Lunatic asylums Bombay report 1891-1903 - 1891-1903
Year: 1891
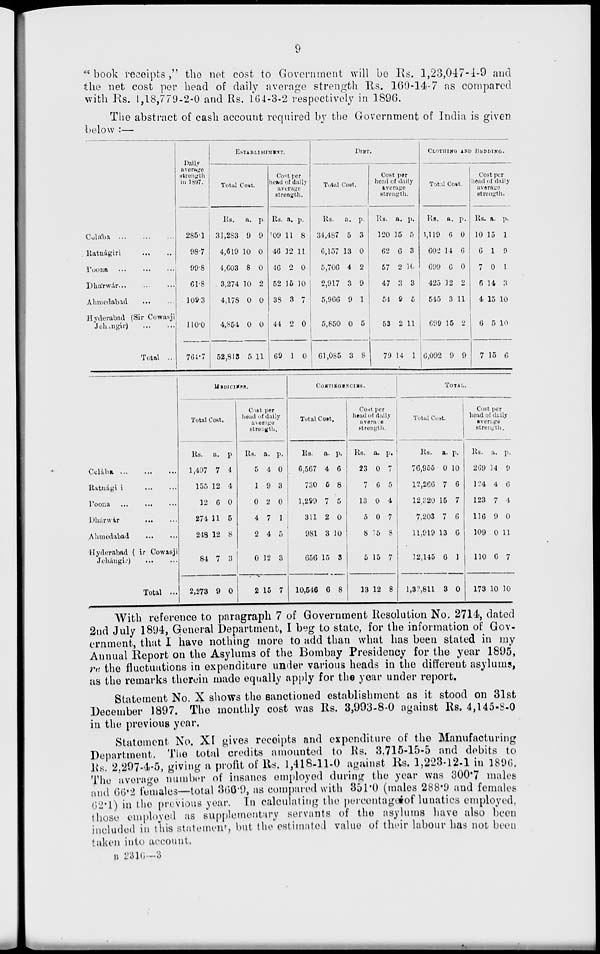
9
"book receipts," the net cost to Government will be Rs. 1,23,047-4-9 and
the net cost per head of daily average strength Rs. 160-14-7 as compared
with Rs. 1,18,779-2-0 and Rs. 164-3-2 respectively in 1896.
The abstract of cash account required by the Government of India is given
below :—
Colába
...
...
...
Ratnágiri
...
...
Poona
...
...
...
Dhárwár
...
...
...
Ahmedabad ... ...
Hyderabad (Sir Cowasji
Jehángir)
...
...
Total ...
Daily
average
strength
in 1897.
285.1
98.7
99.8
61.8
109.3
110.0
764.7
ESTABLISHMENT.
Total Cost.
Rs.
31,283
4,619
4,603
3,274
4,178
4,854
52,815
a.
9
10
8
10
0
0
5
p.
9
0
0
2
0
0
11
Cost per
head of daily
average
strength.
Rs.
109
46
46
52
38
44
69
a.
11
12
2
15
3
2
1
p.
8
11
0
10
7
0
0
DIET.
Total Cost.
Rs.
34,487
6,157
5,706
2,917
5,966
5,850
61,085
a.
5
13
4
3
9
0
3
p.
3
0
2
9
1
5
8
Cost per
head of daily
average
strength.
Rs.
120
62
57
47
54
53
79
a.
15
6
2
3
9
2
14
p.
5
3
16
3
5
11
1
CLOTHING AND BEDDING.
Total Cost.
Rs.
1,119
602
699
425
545
699
6,092
a.
6
14
6
12
3
15
9
p.
0
6
0
2
11
2
9
Cost per
head of daily
average
strength.
Rs.
10
6
7
6
4
6
7
a.
15
1
0
14
15
5
15
p.
1
9
1
3
10
10
6
Celába
...
...
...
Ratnágiri ... ...
Poona
...
...
...
Dhárwár ... ...
Ahmedabad
...
...
Hyderabad (Sir Cowasji
Jehángir)
...
...
Total ...
MEDICINES.
Total Cost.
Rs.
1,497
155
12
274
248
84
2,273
a.
7
12
6
11
12
7
9
p.
4
4
0
5
8
3
0
Cost per
head of daily
average
strength.
Rs.
5
1
0
4
2
0
2
a.
4
9
2
7
4
12
15
p.
0
3
0
1
5
3
7
CONTINGENCIES.
Total Cost.
Rs.
6,567
730
1,299
311
981
656
10,546
a.
4
5
7
2
3
15
6
p.
6
8
5
0
10
3
8
Cost per
head of daily
avenue
strength.
Rs.
23
7
13
5
8
5
13
a.
0
6
0
0
15
15
12
p.
7
5
4
7
8
7
8
TOTAL.
Total Cost.
Rs.
76,955
12,266
12,320
7,203
11,919
12,145
1,32,811
a.
0
7
15
7
13
6
3
p.
10
6
7
6
6
1
0
Cost per
head of daily
average
strength.
Rs.
269
124
123
116
109
110
173
a.
14
4
7
9
0
6
10
p.
9
6
4
0
11
7
10
With reference to paragraph 7 of Government Resolution No. 2714, dated
2nd July 1894, General Department, I beg to state, for the information of Gov-
ernment, that I have nothing more to add than what has been stated in my
Annual Report on the Asylums of the Bombay Presidency for the year 1895,
re the fluctuations in expenditure under various heads in the different asylums,
as the remarks therein made equally apply for the year under report.
Statement No. X shows the sanctioned establishment as it stood on 31st
December 1897. The monthly cost was Rs. 3,993-8-0 against Rs. 4,145-8-0
in the previous year.
Statement No. XI gives receipts and expenditure of the Manufacturing
Department. The total credits amounted to Rs. 3,715-15-5 and debits to
Rs. 2,297-4-5, giving a profit of Rs. 1,418-11-0 against Rs. 1,223-12-1 in 1896.
The average number of insanes employed during the year was 300.7 males
and 66.2 females—total 366.9, as compared with 351.0 (males 288.9 and females
62.1) in the previous year. In calculating the percentage of lunatics employed,
those employed as supplementary servants of the asylums have also been
included in this statement, but the estimated value of their labour has not been
taken into account.
B 2316—3